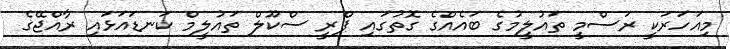
މިއަހަރަކީ ރަސްމީ ތައުލީމުގެ ބައެއްގެ ގޮތުގައި ޕްރީ ސްކޫލް ތައުލީމް ކަނޑައަޅައި ރާއްޖޭގެ